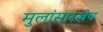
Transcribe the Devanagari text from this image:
मुलांसारखेच